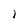
Character: I